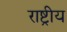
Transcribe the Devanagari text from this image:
राष्ट्रीय